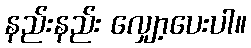
နည်းနည်း လျှော့ပေးပါ။